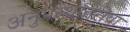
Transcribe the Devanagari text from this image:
अनुप्रस्थांतरीया